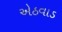
એઠવાડ